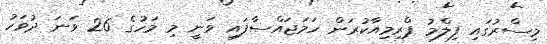
މިސްރުގައި ފިލްމު ޕްރިމިއާކުރަން ހަމަޖައްސާފައި ވަނީ މި މަހުގެ 26 ވަނަ ދުވަހު